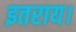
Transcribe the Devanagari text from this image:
इतराय।